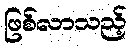
ဖြစ်လာသည့်